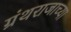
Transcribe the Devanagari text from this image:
ग्रंथराजाच्या